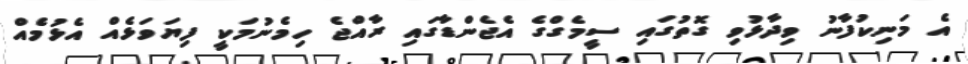
އެ މަނިކުފާނު ވިދާޅުވި ގޮތުގައި ސީމެގްގެ އެޖެންޑާގައި ރާއްޖެ ހިމެނުމަކީ ފިޔަވަޅެއް އެޅުމެއް